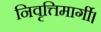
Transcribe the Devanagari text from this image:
निवृत्तिमार्गी।